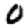
Digit: 0